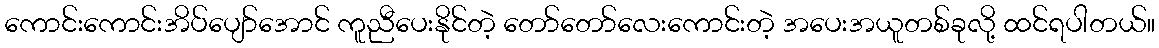
ကောင်းကောင်းအိပ်ပျော်အောင် ကူညီပေးနိုင်တဲ့ တော်တော်လေးကောင်းတဲ့ အပေးအယူတစ်ခုလို့ ထင်ရပါတယ်။